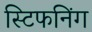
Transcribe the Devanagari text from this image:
स्टिफनिंग